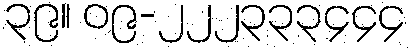
၃၉။ ၀၉-၂၂၂၃၃၃၄၄၄